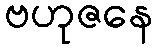
ဗဟုဇနေ